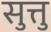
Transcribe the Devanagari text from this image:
सुत्तु